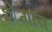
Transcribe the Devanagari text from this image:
शेगाँव